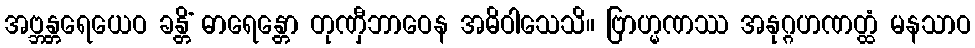
အဗ္ဘန္တရေယေဝ ခန္တိံ ဓာရေန္တော တုဏှီဘာဝေန အဓိဝါသေသိ။ ဗြာဟ္မဏဿ အနုဂ္ဂဟဏတ္ထံ မနသာဝ